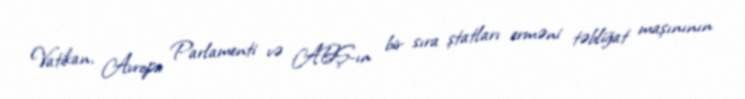
Vatikan, Avropa Parlamenti və ABŞ-ın bir sıra ştatları erməni təbliğat maşınının